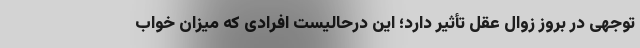
توجهی در بروز زوال عقل تأثیر دارد؛ این درحالیست افرادی که میزان خواب